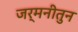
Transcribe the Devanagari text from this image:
जर्मनीतुन